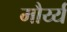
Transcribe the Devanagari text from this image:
मौर्य्य